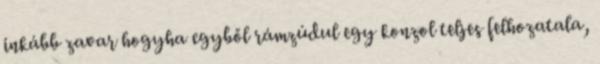
inkább zavar hogyha egyből rámzúdul egy konzol teljes felhozatala,